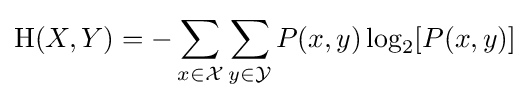
\mathrm {H} (X,Y)=-\sum _{x\in {\mathcal {X}}}\sum _{y\in {\mathcal {Y}}}P(x,y)\log _{2}[P(x,y)]